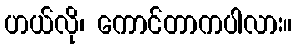
ဟယ်လို၊ ကောင်တာကပါလား။